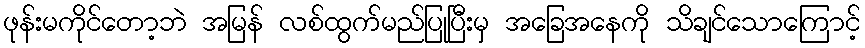
ဖုန်းမကိုင်တော့ဘဲ အမြန် လစ်ထွက်မည်ပြုပြီးမှ အခြေအနေကို သိချင်သောကြောင့်